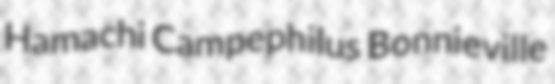
Hamachi Campephilus Bonnieville